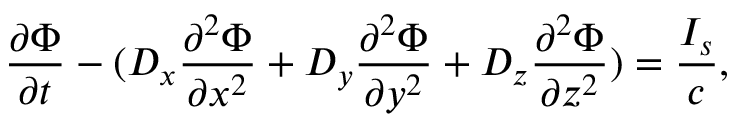
\frac { \partial { \Phi } } { \partial t } - ( D _ { x } \frac { \partial ^ { 2 } { \Phi } } { \partial x ^ { 2 } } + D _ { y } \frac { \partial ^ { 2 } { \Phi } } { \partial y ^ { 2 } } + D _ { z } \frac { \partial ^ { 2 } { \Phi } } { \partial z ^ { 2 } } ) = \frac { { I _ { s } } } { c } ,